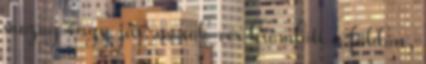
mozog vagy jár: és sok vér kiömlött a földön,